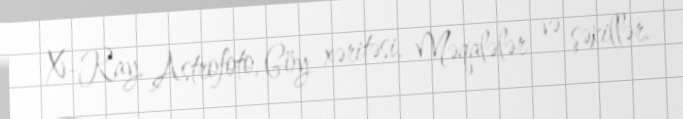
X-Ray, Astrofoto, Göy xəritəsi, Məqalələr və şəkillər.